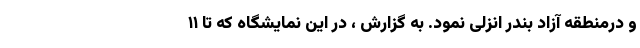
و درمنطقه آزاد بندر انزلی نمود. به گزارش ، در این نمایشگاه که تا ۱۱